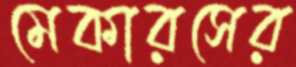
মেকারসের